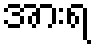
အားရ